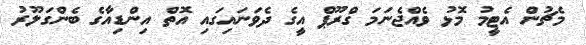
މެޗުން އެޓީމު މޮޅު ވެއްޖެނަމަ ގްރޫޕް އީގެ ދެވަނައިގައި އޮތް އިންޑިއާގެ ބެންގަލޫރު